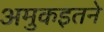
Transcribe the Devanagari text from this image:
अमुकइतने